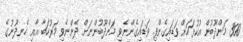
300 މަންދޫބުން އުކުޅަހަށް ވަޑައިގެންފި. ވަޑައިގެންނެވި މަންދޫބުންނަށް ދެންނެވި މަރުހަބާ އާއި ހެނދުނުގެ